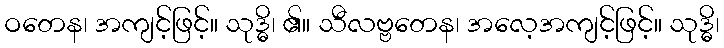
ဝတေန၊ အကျင့်ဖြင့်။ သုဒ္ဓိ၊ ၏။ သီလဗ္ဗတေန၊ အလေ့အကျင့်ဖြင့်။ သုဒ္ဓိ၊